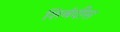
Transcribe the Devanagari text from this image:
शिबंदीस